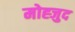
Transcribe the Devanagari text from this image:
मोह्जुद